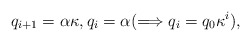
\begin{align*}q_{i+1}=\alpha \kappa, q_i=\alpha(\Longrightarrow q_i=q_0\kappa^i),\end{align*}